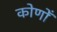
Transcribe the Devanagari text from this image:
कोणोँ